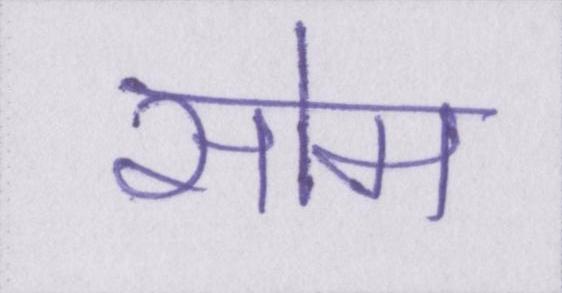
सोम